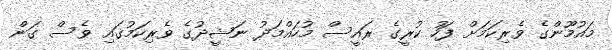
މައުމޫންގެ ވެރިކަމަށް ފަހު ކުރީގެ ރައީސް މުހައްމަދު ނަޝީދުގެ ވެރިކަމުގައި ވެސް ގަން